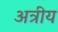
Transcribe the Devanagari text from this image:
अत्रीय